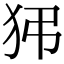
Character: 𤝠